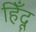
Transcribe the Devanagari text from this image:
हिँदू